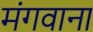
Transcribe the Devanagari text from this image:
मंगवाना